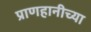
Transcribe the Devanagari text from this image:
प्राणहानीच्या